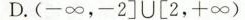
D.(-∞，-2]\cup [2，+∞)